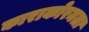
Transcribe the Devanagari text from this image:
काराकोरमला